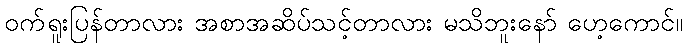
ဝက်ရူးပြန်တာလား အစာအဆိပ်သင့်တာလား မသိဘူးနော် ဟေ့ကောင်။